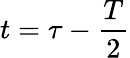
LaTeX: t=\tau-\frac{T}{2}